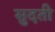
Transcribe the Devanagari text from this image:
सुदती